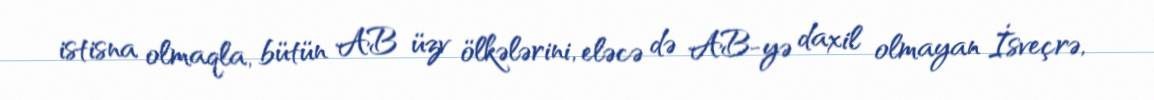
istisna olmaqla, bütün AB üzv ölkələrini, eləcə də AB-yə daxil olmayan İsveçrə,